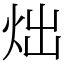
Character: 炪